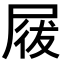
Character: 𡲁